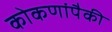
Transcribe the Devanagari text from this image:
कोकणांपैकी